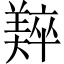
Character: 𬙼